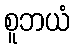
စူဘယံ